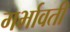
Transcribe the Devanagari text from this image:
गर्भावती